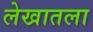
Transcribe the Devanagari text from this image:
लेखातला